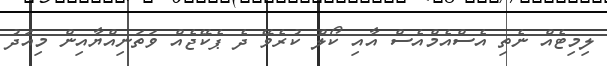
ލިމިޓެއް ނެތި އެސްއެމްއެސް އާއި ކޯލް ކުރެވޭ ދެ ޕެކޭޖެއް ވަތަނިއްޔާއިން މިއަދު